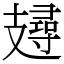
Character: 攳